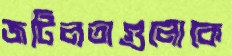
জটিলতাগুলোকে